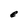
Character: e